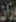
وزان